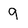
Character: g